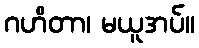
ဂဟိတာ၊ မယူအပ်။